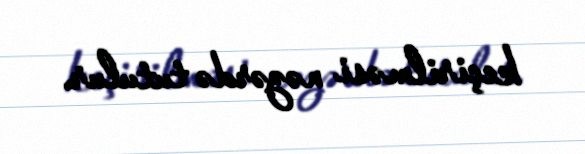
keçirilməsi nəzərdə tutulur.